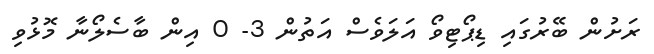
ރަށުން ބޭރުގައި ޑިޕޯޓިވޯ އަލަވެސް އަތުން 3- 0 އިން ބާސެލޯނާ މޮޅުވި